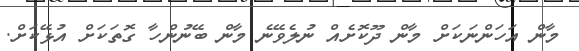
މާން އަހަންނަކަށް މާން ދޫކޮށެއް ނުލެވޭނެ މާން ބޭނުންހާ ގޮތަކަށް އުޅޭކަށް.